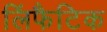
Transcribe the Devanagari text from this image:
लिंफैटिक